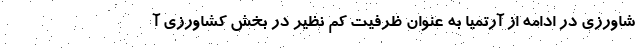
شاورزی در ادامه از آرتمیا به عنوان ظرفیت کم نظیر در بخش کشاورزی آ